Annual administration report of the Civil Veterinary Department of India - 1893-1894
Year: 1893
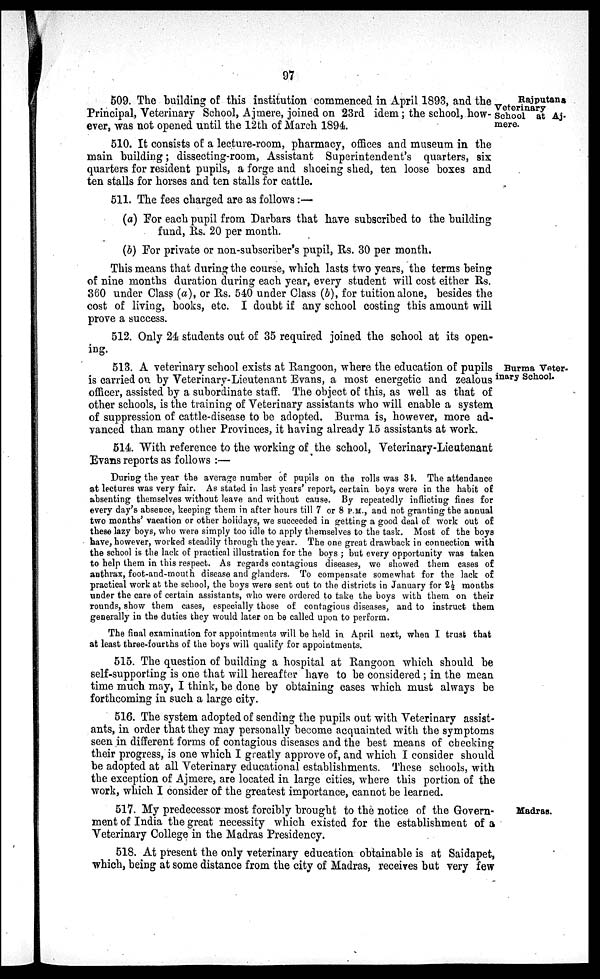
97
Rajputana
Veterinary
School at Aj-
mere.
509. The building of this institution commenced in April 1893, and the
Principal, Veterinary School, Ajmere, joined on 23rd idem; the school, how-
ever, was not opened until the 12th of March 1894.
510. It consists of a lecture-room, pharmacy, offices and museum in the
main building; dissecting-room, Assistant Superintendent's quarters, six
quarters for resident pupils, a forge and shoeing shed, ten loose boxes and
ten stalls for horses and ten stalls for cattle.
511. The fees charged are as follows:—
(a) For each pupil from Darbars that have subscribed to the building
fund, Rs. 20 per month.
(b) For private or non-subscriber's pupil, Rs. 30 per month.
This means that during the course, which lasts two years, the terms being
of nine months duration during each year, every student will cost either Rs.
360 under Class (a), or Rs. 540 under Class (b), for tuition alone, besides the
cost of living, books, etc. I doubt if any school costing this amount will
prove a success.
512. Only 24 students out of 35 required joined the school at its open-
ing.
Burma Veter-
inary School.
513. A veterinary school exists at Rangoon, where the education of pupils
is carried on by Veterinary-Lieutenant Evans, a most energetic and zealous
officer, assisted by a subordinate staff. The object of this, as well as that of
other schools, is the training of Veterinary assistants who will enable a system
of suppression of cattle-disease to be adopted. Burma is, however, more ad-
vanced than many other Provinces, it having already 15 assistants at work.
514. With reference to the working of the school, Veterinary-Lieutenant
Evans reports as follows :—
During the year the average number of pupils on the rolls was 34. The attendance
at lectures was very fair. As stated in last years' report, certain boys were in the habit of
absenting themselves without leave and without cause. By repeatedly inflicting fines for
every day's absence, keeping them in after hours till 7 or 8 P.M., and not granting the annual
two months' vacation or other holidays, we succeeded in getting a good deal of work out of
these lazy boys, who were simply too idle to apply themselves to the task. Most of the boys
have, however, worked steadily through the year. The one great drawback in connection with
the school is the lack of practical illustration for the boys ; but every opportunity was taken
to help them in this respect. As regards contagious diseases, we showed them cases of
anthrax, foot-and-mouth disease and glanders. To compensate somewhat for the lack of
practical work at the school, the boys were sent out to the districts in January for 2½ months
under the care of certain assistants, who were ordered to take the boys with them on their
rounds, show them cases, especially those of contagious diseases, and to instruct them
generally in the duties they would later on be called upon to perform.
The final examination for appointments will be held in April next, when I trust that
at least three-fourths of the boys will qualify for appointments.
515. The question of building a hospital at Rangoon which should be
self-supporting is one that will hereafter have to be considered ; in the mean
time much may, I think, be done by obtaining cases which must always be
forthcoming in such a large city.
516. The system adopted of sending the pupils out with Veterinary assist-
ants, in order that they may personally become acquainted with the symptoms
seen in different forms of contagious diseases and the best means of checking
their progress, is one which I greatly approve of, and which I consider should
be adopted at all Veterinary educational establishments. These schools, with
the exception of Ajmere, are located in large cities, where this portion of the
work, which I consider of the greatest importance, cannot be learned.
Madras.
517. My predecessor most forcibly brought to the notice of the Govern-
ment of India the great necessity which existed for the establishment of a
Veterinary College in the Madras Presidency.
518. At present the only veterinary education obtainable is at Saidapet,
which, being at some distance from the city of Madras, receives but very few